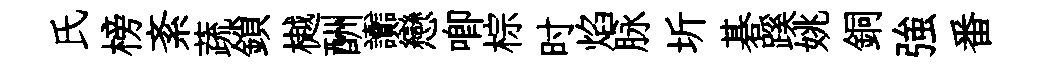
氏榜紊蔬鎖樾酬讟戀唧棕时焰脉圻碁蹊姚銅強番